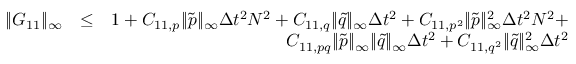
\begin{array} { r l r } { \| G _ { 1 1 } \| _ { \infty } } & { \leq } & { 1 + C _ { 1 1 , p } \| \tilde { p } \| _ { \infty } \Delta t ^ { 2 } N ^ { 2 } + C _ { 1 1 , q } \| \tilde { q } \| _ { \infty } \Delta t ^ { 2 } + C _ { 1 1 , p ^ { 2 } } \| \tilde { p } \| _ { \infty } ^ { 2 } \Delta t ^ { 2 } N ^ { 2 } + } \\ & { } & { C _ { 1 1 , p q } \| \tilde { p } \| _ { \infty } \| \tilde { q } \| _ { \infty } \Delta t ^ { 2 } + C _ { 1 1 , q ^ { 2 } } \| \tilde { q } \| _ { \infty } ^ { 2 } \Delta t ^ { 2 } } \end{array}